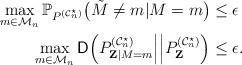
LaTeX: \begin{align*} \max_{m\in\mathcal{M}_n}\mathbb{P}_{P^{(\mathcal{C}^\star_n)}}\big(\tilde{M}\neq m |M=m\big)&\leq\epsilon\\ \max_{m\in\mathcal{M}_n}\mathsf{D}\Big(P^{(\mathcal{C}^\star_n)}_{\mathbf{Z}|M=m}\Big|\Big|P^{(\mathcal{C}^\star_n)}_\mathbf{Z}\Big)&\leq \epsilon.\end{align*}